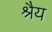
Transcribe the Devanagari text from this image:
श्रैय